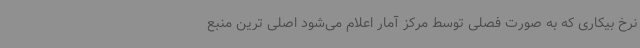
نرخ بیکاری که به صورت فصلی توسط مرکز آمار اعلام می‌شود اصلی ترین منبع